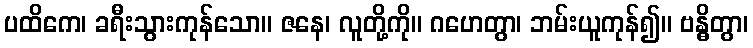
ပထိကေ၊ ခရီးသွားကုန်သော။ ဇနေ၊ လူတို့ကို။ ဂဟေတွာ၊ ဘမ်းယူကုန်၍။ ဗန္ဓိတွာ၊